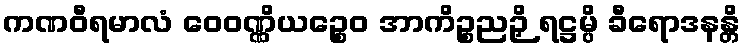
ကဏဝီရမာလံ ဝေဝဏ္ဏိယဉ္စေဝ အာကိဉ္စညဉှိ ရဋ္ဌမ္ပိ ခီရောဒနန္တိ